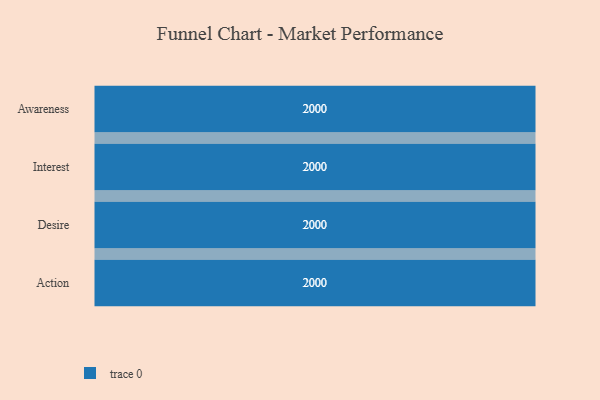
{"axis": {"x": "Stage", "y": "Value"}, "legend": [""], "data": [{"x": "Awareness", "y": 2000, "type": ""}, {"x": "Interest", "y": 2000, "type": ""}, {"x": "Desire", "y": 2000, "type": ""}, {"x": "Action", "y": 2000, "type": ""}]}